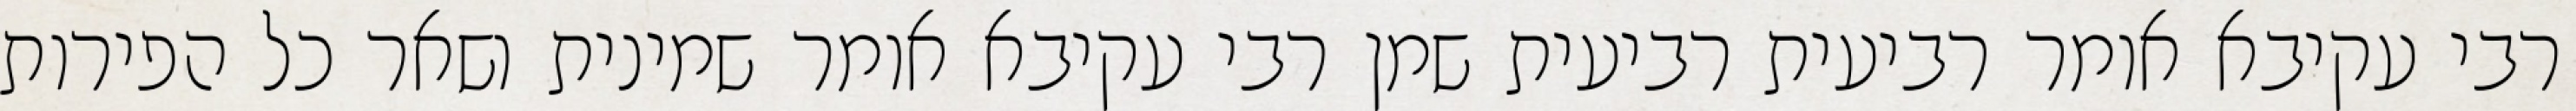
רבי עקיבא אומר רביעית רביעית שמן רבי עקיבא אומר שמינית ושאר כל הפירות